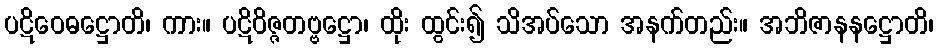
ပဋိဝေဓဋ္ဌောတိ၊ ကား။ ပဋိဝိဇ္ဇတဗ္ဗဋ္ဌော၊ ထိုး ထွင်း၍ သိအပ်သော အနက်တည်း။ အဘိဇာနနဋ္ဌောတိ၊